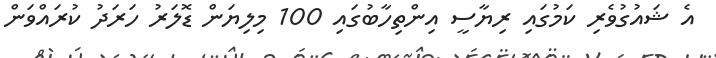
އެ ޝައުގުވެރި ކަމުގައި ރިޔާސީ އިންތިހާބުގައި 100 މިލިޔަން ޑޮލަރު ހަރަދު ކުރައްވަން